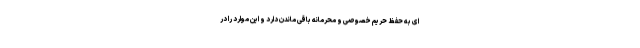
ای به حفظ حریم خصوصی و محرمانه باقی ماندن دارد و این موارد را در